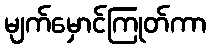
မျက်မှောင်ကြုတ်ကာ